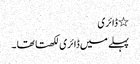
٭ ڈائری
پہلے میں ڈائری لکھتا تھا ۔